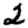
Digit: 2